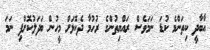
އާބާދީ ކިތަންމެ ކުޑަ ނަމަވެސް ރައްޔިތުންގެ ރުހުމާ ދެކޮޅަށް މީހުން ބަދަލުކޮށްފި ނަމަ